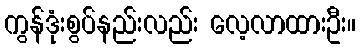
ကွန်ဒုံးစွပ်နည်းလည်း လေ့လာထားဦး။